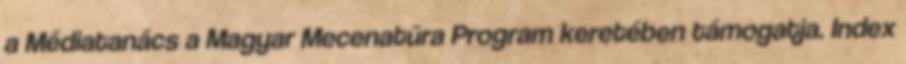
a Médiatanács a Magyar Mecenatúra Program keretében támogatja. Index